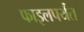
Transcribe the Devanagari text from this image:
फाइलपर्यंत